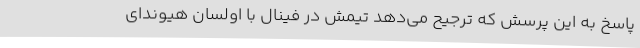
پاسخ به این پرسش که ترجیح می‌دهد تیمش در فینال با اولسان هیوندای